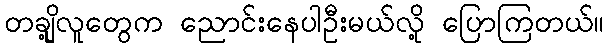
တချို့လူတွေက ညောင်းနေပါဦးမယ်လို့ ပြောကြတယ်။